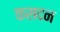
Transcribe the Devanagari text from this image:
कसदन